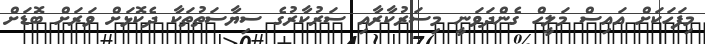
މިފަހަކަށް އައިސް މަލީހް ގެންދަވަނީ މިސަރުކާރާއި ސަރުކާރުގެ ސިޔާސަތުތަކާ ދެކޮޅަށް ވަރަށް ބޮޑަށް